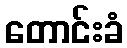
တောင်းခံ